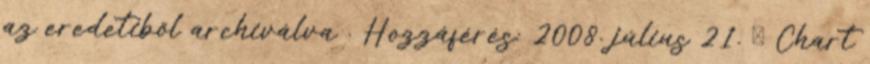
az eredetiből archiválva . Hozzáférés: 2008. július 21. ↑ Chart